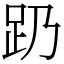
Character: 𬦠